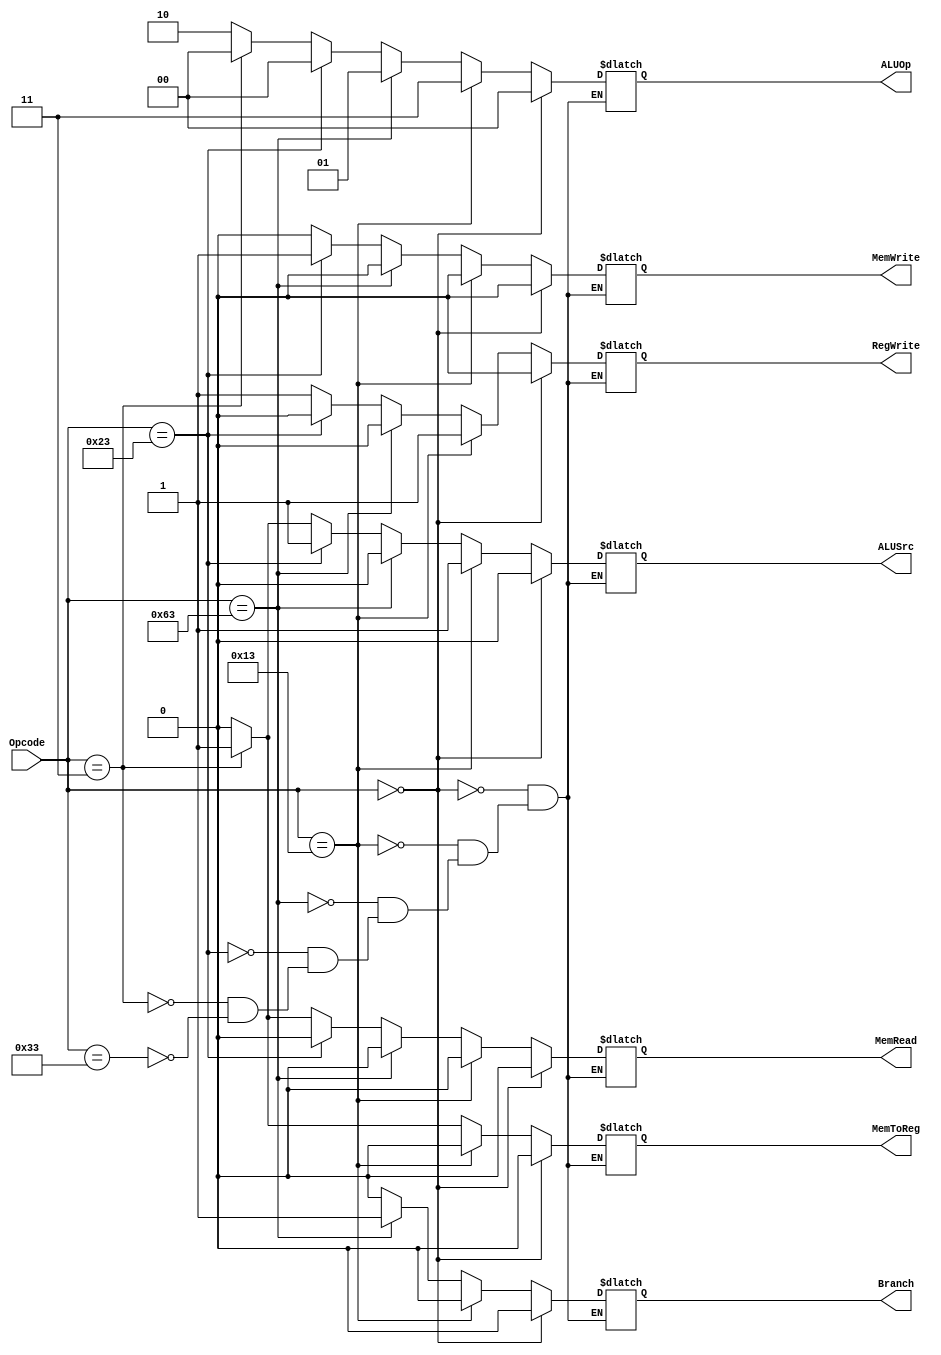
`timescale 1ns / 1ps

module Control_Unit(
    input [6:0] Opcode,
    output reg Branch, MemRead, MemToReg, MemWrite, ALUSrc, RegWrite,
    output reg [1:0] ALUOp
    );
    always @(*)
    begin
        if (Opcode == 7'b0110011) //RType
            begin
            ALUSrc <= 0;
            MemToReg <= 0;
            RegWrite <= 1;
            MemRead <= 0;
            MemWrite <= 0;
            Branch <= 0;
            ALUOp <= 2'b10;
            end
        if (Opcode == 7'b0000011) //IType 
            begin
            ALUSrc <= 1;
            MemToReg <= 1;
            RegWrite <= 1;
            MemRead <= 1;
            MemWrite <= 0;
            Branch <= 0;
            ALUOp <= 2'b00;
            end
        if (Opcode == 7'b0100011) //SType
            begin
            ALUSrc <= 1;
            MemToReg <= 1'bx;
            RegWrite <= 0;
            MemRead <= 0;
            MemWrite <= 1;
            Branch <= 0;
            ALUOp <= 2'b00;
            end
        if (Opcode == 7'b1100011) //SBType - beq/blt
            begin
            ALUSrc <= 0;
            MemToReg <= 1'bx;
            RegWrite <= 0;
            MemRead <= 0;
            MemWrite <= 0;
            Branch <= 1;
            ALUOp <= 2'b01;
            end
        if (Opcode == 7'b0010011) // addi/sll
            begin
            ALUSrc <= 1;
            MemToReg <= 0;
            RegWrite <= 1;
            MemRead <= 0;
            MemWrite <= 0;
            Branch <= 0;
            ALUOp <= 2'b11;
            end
        if (Opcode == 7'b0000000) // NOP
            begin
            ALUSrc <= 0;
            MemToReg <= 0;
            RegWrite <= 0;
            MemRead <= 0;
            MemWrite <= 0;
            Branch <= 0;
            ALUOp <= 2'b00;
            end
    end
endmodule